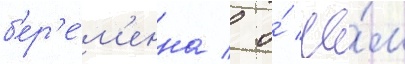
б'ер'е́м'енна / о́ че́м